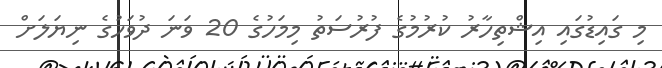
މި ގައިޑުގައި އިޝްތިހާރު ކުރުމުގެ ފުރުސަތު މިމަހުގެ 20 ވަނަ ދުވަހުގެ ނިޔަލަށް